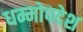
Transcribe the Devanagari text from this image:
धम्मोपदेश